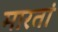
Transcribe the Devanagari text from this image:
मारतां